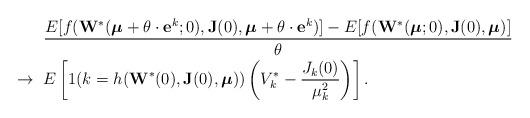
LaTeX: \begin{align*}&\frac{E[f(\mathbf{W}^*(\boldsymbol{\mu}+\theta\cdot \mathbf{e}^k; 0), \mathbf{J}(0),\boldsymbol{\mu}+\theta\cdot \mathbf{e}^k)]-E[f(\mathbf{W}^*(\boldsymbol{\mu}; 0), \mathbf{J}(0), \boldsymbol{\mu})]}{\theta} \\\rightarrow~&E\left[1(k=h(\mathbf{W}^*(0), \mathbf{J}(0), \boldsymbol{\mu}))\left(V^*_k-\frac{J_{k}(0)}{\mu_k^2}\right)\right].\end{align*}